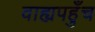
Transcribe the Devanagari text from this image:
वाह्यपहुँच